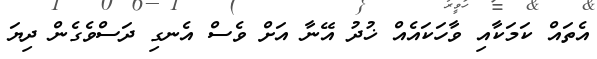
އެތައް ކަމަކާއި ވާހަކައެއް ޚުދު އޭނާ އަށް ވެސް އެނގި ދަސްވެގެން ދިޔަ